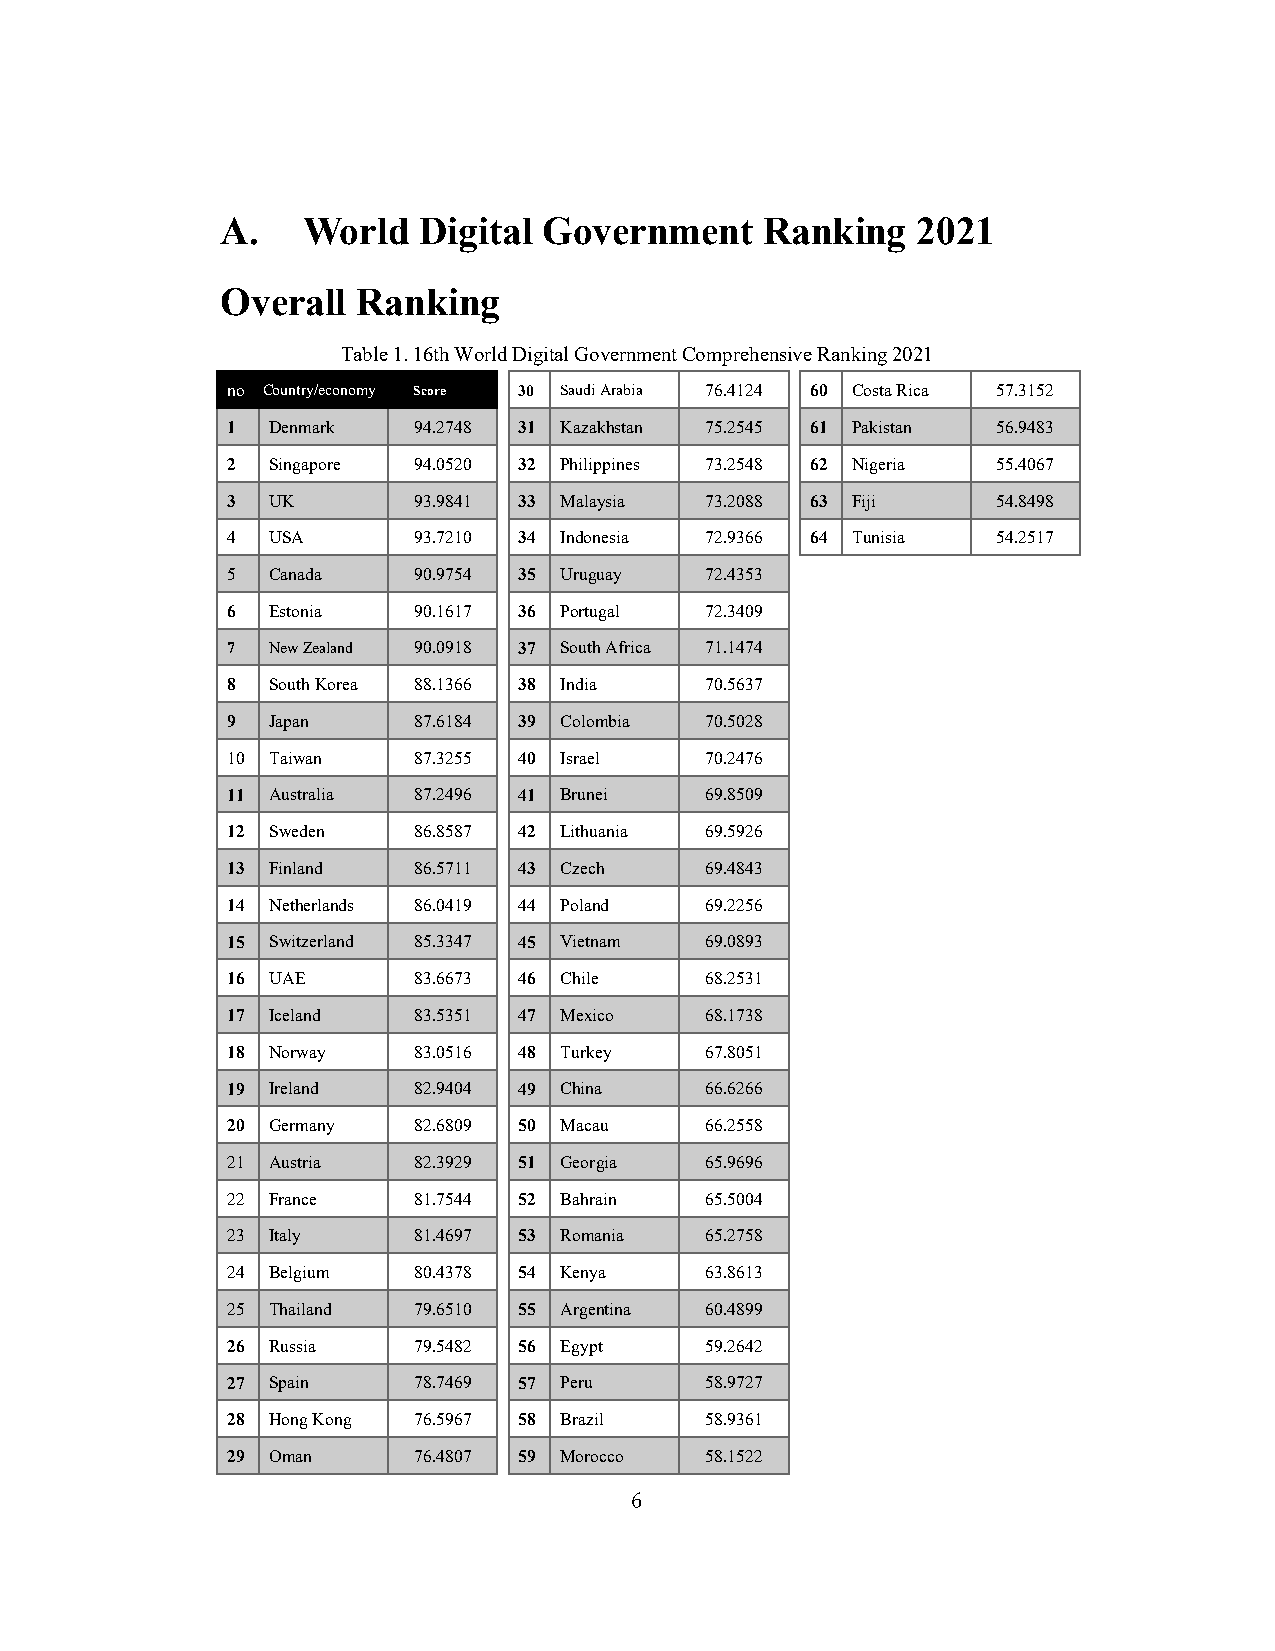
A.   World   Digital Government     Ranking   2021
 Overall  Ranking
 Table 1. 16th World Digital Government Comprehensive Ranking 2021
 no Country/economy Score 30 Saudi Arabia 76.4124 60 Costa Rica 57.3152
 1  Denmark  94.2748 31 Kazakhstan 75.2545 61 Pakistan 56.9483
 2  Singapore 94.0520 32 Philippines 73.2548 62 Nigeria 55.4067
 3  UK       93.9841 33 Malaysia 73.2088 63 Fiji    54.8498
 4  USA      93.7210 34 Indonesia 72.9366 64 Tunisia 54.2517
 5  Canada   90.9754 35 Uruguay  72.4353
 6  Estonia  90.1617 36 Portugal 72.3409
 7  New Zealand 90.0918 37 South Africa 71.1474
 8  South Korea 88.1366 38 India 70.5637
 9  Japan    87.6184 39 Colombia 70.5028
 10 Taiwan   87.3255 40 Israel   70.2476
 11 Australia 87.2496 41 Brunei  69.8509
 12 Sweden   86.8587 42 Lithuania 69.5926
 13 Finland  86.5711 43 Czech    69.4843
 14 Netherlands 86.0419 44 Poland 69.2256
 15 Switzerland 85.3347 45 Vietnam 69.0893
 16 UAE      83.6673 46 Chile    68.2531
 17 Iceland  83.5351 47 Mexico   68.1738
 18 Norway   83.0516 48 Turkey   67.8051
 19 Ireland  82.9404 49 China    66.6266
 20 Germany  82.6809 50 Macau    66.2558
 21 Austria  82.3929 51 Georgia  65.9696
 22 France   81.7544 52 Bahrain  65.5004
 23 Italy    81.4697 53 Romania  65.2758
 24 Belgium  80.4378 54 Kenya    63.8613
 25 Thailand 79.6510 55 Argentina 60.4899
 26 Russia   79.5482 56 Egypt    59.2642
 27 Spain    78.7469 57 Peru     58.9727
 28 Hong Kong 76.5967 58 Brazil  58.9361
 29 Oman     76.4807 59 Morocco  58.1522
 6